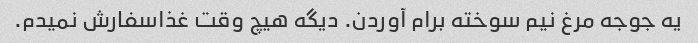
یه جوجه مرغ نیم سوخته برام آوردن. دیگه هیچ وقت غذاسفارش نمیدم.